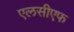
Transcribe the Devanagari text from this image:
एलसीएफ